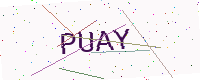
Text: PUAY